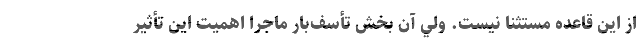
از اين قاعده مستثنا نيست. ولي آن بخش تأسف‌بار ماجرا اهميت اين تأثير